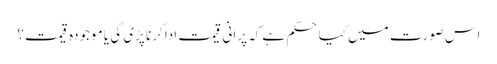
اس صورت میں کیا حکم ہے کہ پرانی قیمت ادا کرنا پڑی گی یا موجودہ قیمت؟